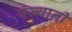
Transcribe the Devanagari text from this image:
पंज्यानी